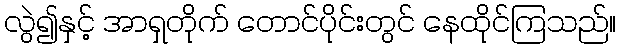
လွဲ၍နှင့် အာရှတိုက် တောင်ပိုင်းတွင် နေထိုင်ကြသည်။